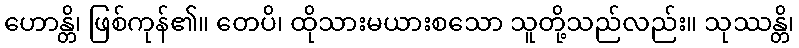
ဟောန္တိ၊ ဖြစ်ကုန်၏။ တေပိ၊ ထိုသားမယားစသော သူတို့သည်လည်း။ သုဿန္တိ၊